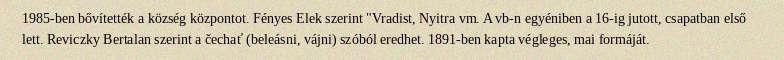
1985-ben bővítették a község központot. Fényes Elek szerint "Vradist, Nyitra vm. A vb-n egyéniben a 16-ig jutott, csapatban első lett. Reviczky Bertalan szerint a čechať (beleásni, vájni) szóból eredhet. 1891-ben kapta végleges, mai formáját.